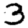
Digit: 3